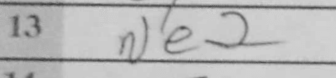
Transcription: Ne2